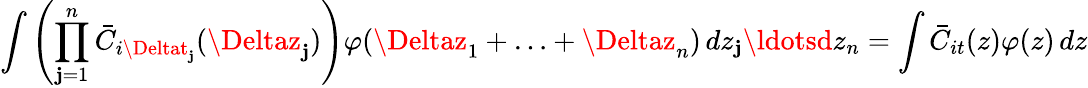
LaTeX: \int\left(\prod_{\mathbf{j}=1}^{n}\bar{{C}}_{i\Deltat_{\mathbf{j}}}(\Deltaz_{\mathbf{j}})\right)\varphi(\Deltaz_{1}+\ldots+\Deltaz_{n})\mathop{}\! {d{z_{\mathbf{j}}}\ldotsd{z_{n}}}=\int\bar{{C}}_{it}(z)\varphi(z)\mathop{}\! {d{z}}